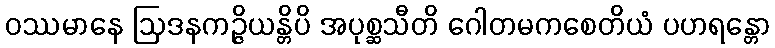
ဝဿမာနေ ဩဒနကဉ္ဇိယန္တိပိ အပုစ္ဆသီတိ ဂေါတမကစေတိယံ ပဟရန္တော